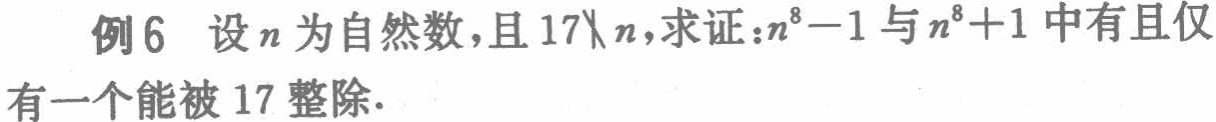
例6 设\(n\)为自然数，且\(17\nmid n\)，求证：\(n^{8}-1\)与\(n^{8}+1\)中有且仅有一个能被\(17\)整除.